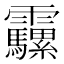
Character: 𩇍